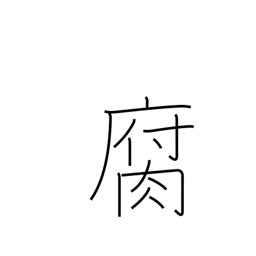
Meaning: decay